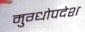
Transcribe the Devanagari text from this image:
मुग्धोपदेश